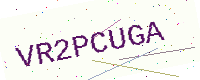
Text: VR2PCUGA